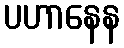
ပဟာနေန